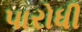
પારોધી